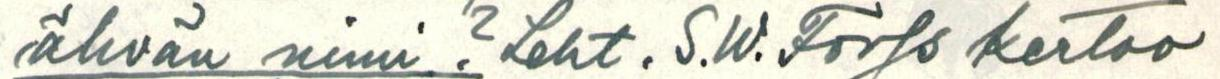
ähvän nimi? Leht. S.W.Forss kertoo